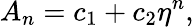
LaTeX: A_{n}=c_{1}+c_{2}\eta^{n},